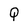
Character: Q